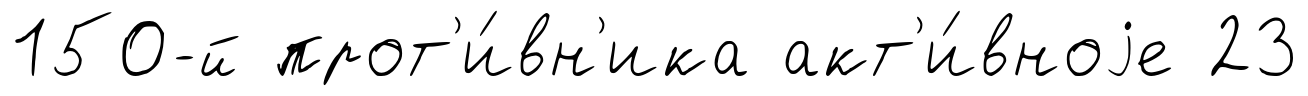
150-й прот'и́вн'ика акт'и́вноjе 23